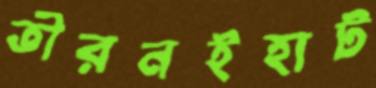
তীরনইহাট